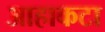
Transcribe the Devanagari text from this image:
आहाकटा